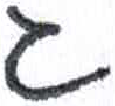
אות: ג